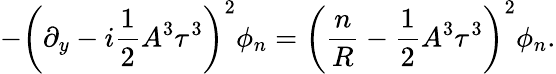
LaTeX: -\left(\partial_{y}-i\frac{1}{2}A^{3}\tau^{3}\right)^{2}\phi_{n}=\left(\frac{n}{R}-\frac{1}{2}A^{3}\tau^{3}\right)^{2}\phi_{n}.